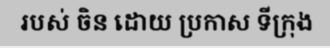
របស់ ចិន ដោយ ប្រកាស ទីក្រុង